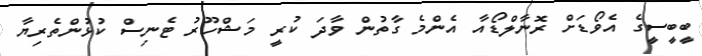
ބީބީސީގެ އެވޯޑަށް ރޮނާލްޑޯއާ އެންމެ ގާތުން ވާދަ ކުރީ މަޝްހޫރު ޓެނިސް ކުޅުންތެރިޔާ